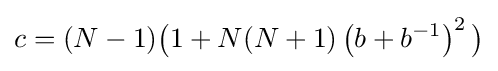
c=(N-1){\big (}1+N(N+1)\left(b+b^{-1}\right)^{2}{\big )}